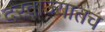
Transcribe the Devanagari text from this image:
दरवाज्यातच